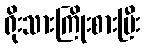
ရိုးသားကြိုးစားပြီး